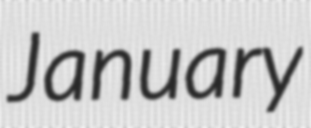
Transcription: January